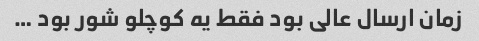
زمان ارسال عالی بود فقط یه کوچلو شور بود …